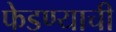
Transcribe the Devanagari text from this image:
फेडण्याची